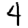
Digit: 4